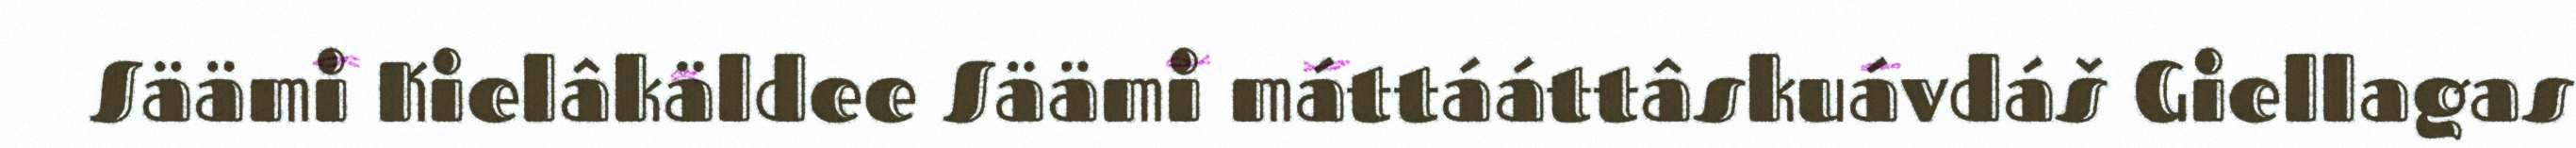
Säämi Kielâkäldee Säämi máttááttâskuávdáš Giellagas